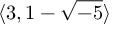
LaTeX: \langle 3 , 1 - { \sqrt { - 5 } } \rangle